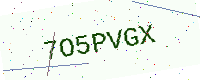
Text: 7O5PVGX